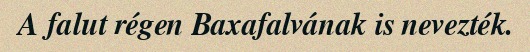
A falut régen Baxafalvának is nevezték.